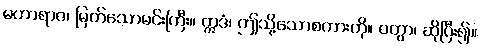
မဟာရာဇ၊ မြတ်သောမင်းကြီး။ ဣဒံ၊ ဤသို့သောစကားကို။ ဝတွာ၊ ဆိုပြီး၍။